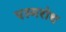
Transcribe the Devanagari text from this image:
एल्मरोथ